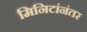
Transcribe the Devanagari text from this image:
मिनिटांनंतर